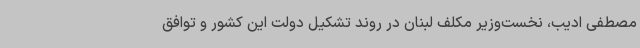
مصطفی ادیب، نخست‌وزیر مکلف لبنان در روند تشکیل دولت این کشور و توافق